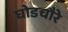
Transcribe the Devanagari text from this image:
घोडचौरे